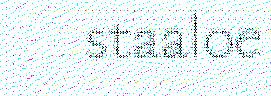
staaloe